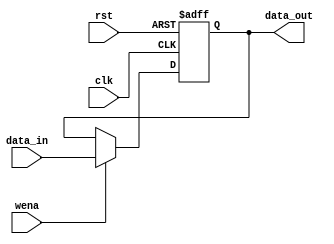
`timescale 1ns / 1ps
/*
module pcreg(clk,data_in,rst,wena,data_out);
	input clk;
    input [31:0] data_in;
    input rst;
    input wena;
    output [31:0] data_out;
	Reg pc(.data_in(data_in),.clk(clk),.rst(rst),.wena(wena),.data_out(data_out));
endmodule
*/

module pcreg(
input clk,
input rst,
input wena,
input [31:0]data_in,
output[31:0]data_out
);
reg     [31:0]data;
always @(posedge clk or posedge rst)
    if (rst)
        data <= 32'h00400000;
    else if (wena)
        data <= data_in;
assign data_out = data;
endmodule